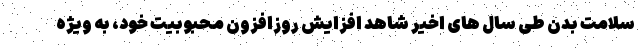
سلامت بدن طی سال های اخیر شاهد افزایش روزافزون محبوبیت خود، به ویژه